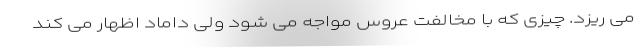
می ریزد. چیزی که با مخالفت عروس مواجه می شود ولی داماد اظهار می کند